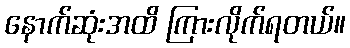
နောက်ဆုံးအထိ ကြားလိုက်ရတယ်။